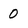
Character: 0